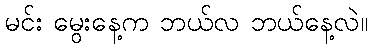
မင်း မွေးနေ့က ဘယ်လ ဘယ်နေ့လဲ။